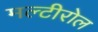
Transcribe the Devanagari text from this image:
मल्टीरोल